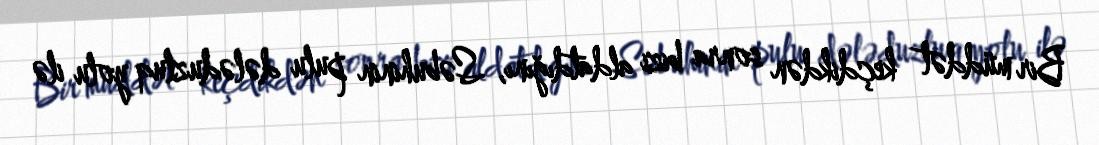
Bir müddət keçdikdən sonra bizi aldatdığını, Səbuhinin pulu dələduzluq yolu ilə